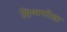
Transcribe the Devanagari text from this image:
शिष्यपरीक्षा